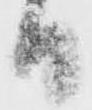
日